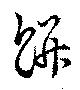
餠